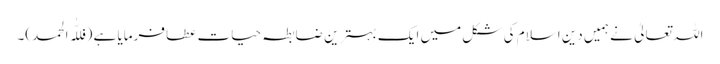
اللہ تعالیٰ نے ہمیں دینِ اسلام کی شکل میں ایک بہترین ضابطہ حیات عطا فرمایا ہے (فللّٰہ الحمد)۔